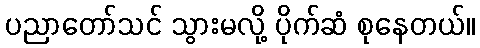
ပညာတော်သင် သွားမလို့ ပိုက်ဆံ စုနေတယ်။